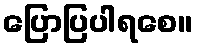
ပြောပြပါရစေ။